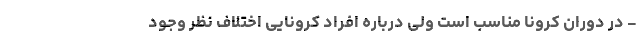
- در دوران کرونا مناسب است ولی درباره افراد کرونایی اختلاف نظر وجود